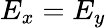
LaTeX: E_{x}=E_{y}